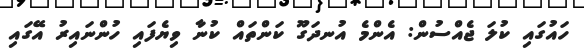
ހައުގައި ކުލަ ޖެއްސުން: އެންމެ އުނދަގޫ ކަންތައް ކުނާ ވިޔެފައި ހުންނައިރު އޭގައި